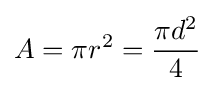
A=\pi r^{2}={\frac {\pi d^{2}}{4}}